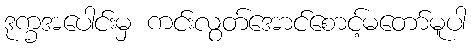
ဒုက္ခအပေါင်းမှ ကင်းလွတ်အောင်စောင့်မတော်မူပါ